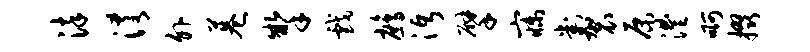
染淆外巷掣戏鹧沔擘寐判袈原澧啊掇